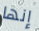
إنها